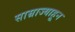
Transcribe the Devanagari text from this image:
साम्राज्याहून